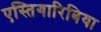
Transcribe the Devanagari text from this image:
एस्तिगारिबिया